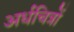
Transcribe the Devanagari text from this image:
अर्धचित्रों